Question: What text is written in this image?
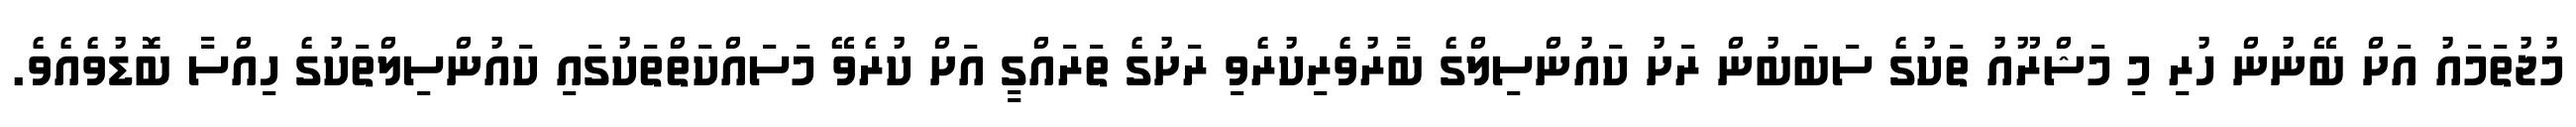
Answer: މުޖުތަމައު އަށް ބޭނުން ހުރި މި މަޝްރޫއު ތަކުގެ ސަބަބުން ރަށު ކައުންސިލްގެ ބާރުވެރިކުރެވި ރަށުގެ ތަރައްގީ އަށް ކުރެވޭ މަސައްކަތްތަކުގައި ކައުންސިލްތަކުގެ ހިއްސާ ބޮޑުވެއެވެ.